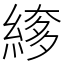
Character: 䋾